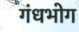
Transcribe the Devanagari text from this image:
गंधभोग